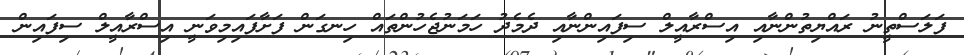
ފަލަސްތީނު ރައްޔިތުންނާއި އިސްރާއީލް ސިފައިންނާއި ދެމެދު ހަމަނުޖެހުންތައް ހިނގަން ފަށާފައިމިވަނީ އިސްރާއީލް ސިފައިން